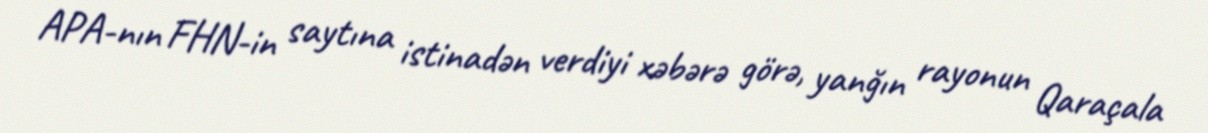
APA-nın FHN-in saytına istinadən verdiyi xəbərə görə, yanğın rayonun Qaraçala